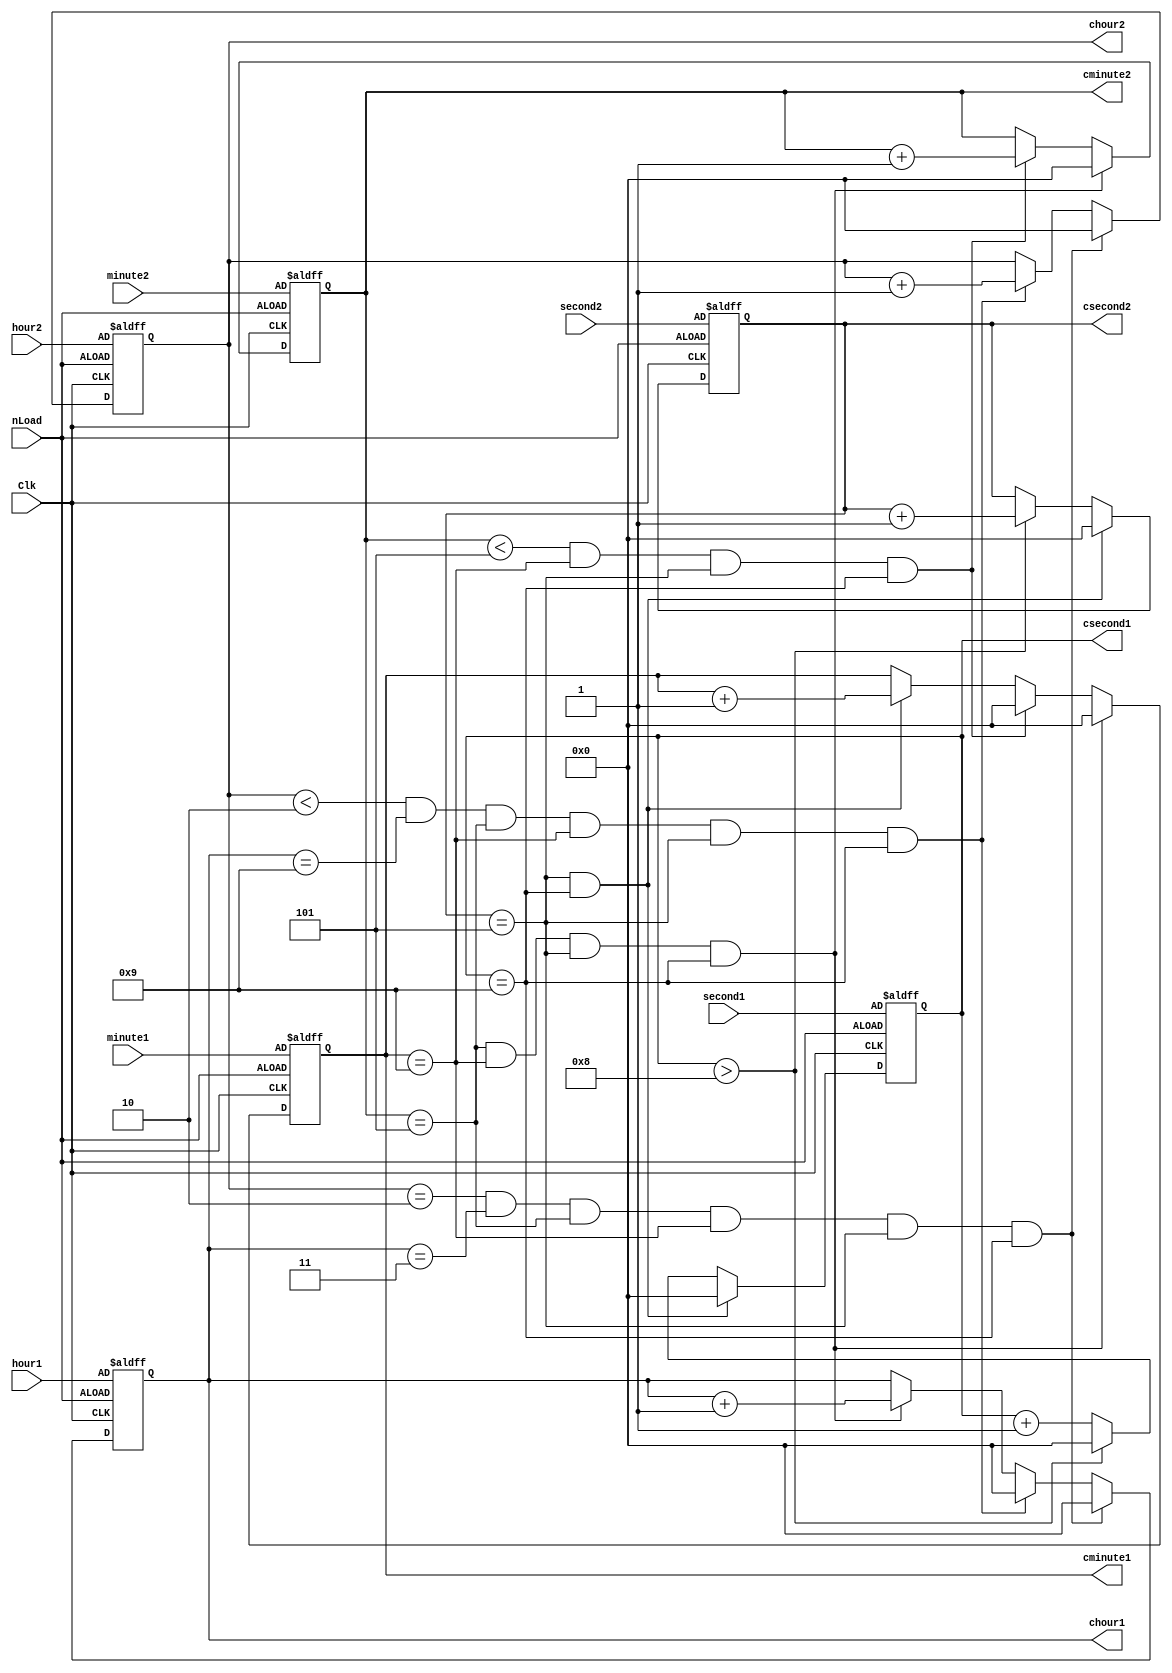
module run_clock (nLoad, Clk, hour2, hour1, minute2, minute1, second2, second1, 
						chour2, chour1, cminute2, cminute1, csecond2, csecond1);
	input Clk, nLoad;
	input [3:0] hour2, hour1, minute2, minute1, second2, second1;
	output reg [3:0] chour2, chour1, cminute2, cminute1, csecond2, csecond1;
	
	always @ (posedge Clk, negedge nLoad)
	
	//load initial values of the clock
	//similar to a reset
	begin
	if (~nLoad)
	begin
		chour2 <= hour2; chour1 <= hour1; cminute2 <= minute2; cminute1 <= minute1; csecond2 <= second2; csecond1 <= second1;
	end
	
	//run the clock
	else
	begin
	csecond1 <= csecond1 + 1;
	//seconds
	if (csecond1 > 8)
		begin
		csecond2 <= csecond2 + 1;
		csecond1 <= 0;
		end
	if ((csecond2 == 5)&(csecond1 == 9))
		begin
		cminute1 <= cminute1 + 1;
		csecond2 <= 0;
		csecond1 <= 0;
		end
	//minutes
	if ((cminute2 < 5) & (cminute1 == 9) & (csecond2 == 5) & (csecond1 == 9))
		begin
		cminute2 <= cminute2 + 1;
		cminute1 <= 0;
		end
	if ((cminute2 == 5)&(cminute1 == 9)&(csecond2 == 5)&(csecond1 == 9))
		begin
		chour1 <= chour1 + 1;
		cminute2 <= 0;
		cminute1 <= 0;
		end
	//hours
	if ((chour2 < 2) & (chour1 == 9) & (cminute2 == 5) & (cminute1 == 9) & (csecond2 == 5) & (csecond1 == 9))
			begin
			chour2 <= chour2 + 1;
			chour1 <= 0;
			end
	if ((chour2 == 2)&(chour1 == 3)&(cminute2 == 5)&(cminute1 == 9)&(csecond2==5)&(csecond1==9))
		begin
		chour2 <= 0;
		chour1 <= 0;
		end
	end
	end
endmodule